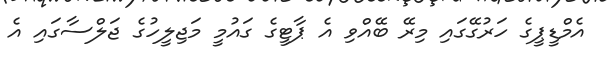
އެމްޑީޕީގެ ހަރުގޭގައި މިރޭ ބޭއްވި އެ ޕާޓީގެ ގައުމީ މަޖިލީހުގެ ޖަލްސާގައި އެ